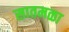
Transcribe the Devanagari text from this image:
सातमळा